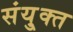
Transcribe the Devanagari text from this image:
संयु्क्त